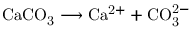
\mathrm { C a C O _ { 3 } \longrightarrow C a ^ { 2 + } + C O _ { 3 } ^ { 2 - } }